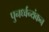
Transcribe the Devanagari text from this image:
पुनर्ध्वन्यंकन